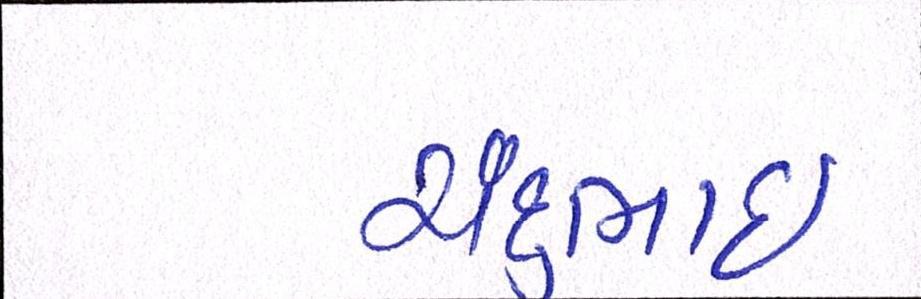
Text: ચંદુભાઈ